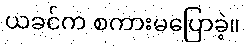
ယခင်က စကားမပြောခဲ့။